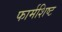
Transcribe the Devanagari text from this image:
फार्मशिष्ट